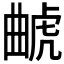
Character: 𰲥